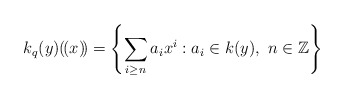
\begin{align*}k_q(y)(\!(x)\!) = \left\{\sum_{i \geq n} a_i x^i : a_i \in k(y), \ n \in \mathbb{Z}\right\}\end{align*}